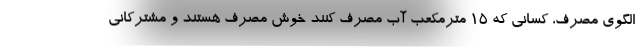
الگوی مصرف، کسانی که ۱۵ مترمکعب آب مصرف کنند خوش مصرف هستند و مشترکانی